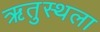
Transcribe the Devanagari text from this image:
ऋतुस्थला